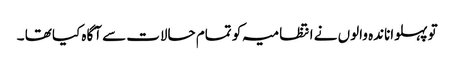
تو پہلواناندہ والوں نے انتظامیہ کو تمام حالات سے آگاہ کیا تھا ۔